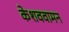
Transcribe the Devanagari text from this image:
केशववामन